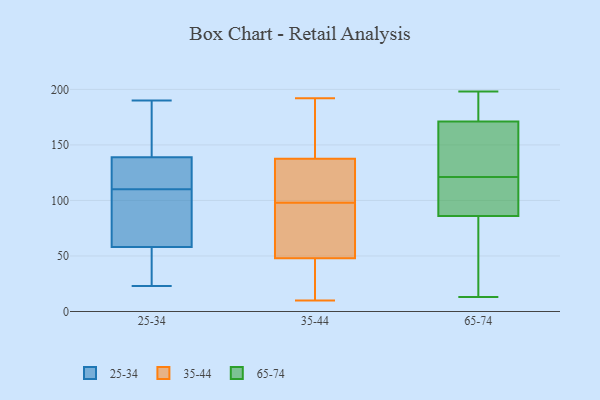
{"axis": {"x": "Population (Million)", "y": "Value"}, "legend": ["25-34", "35-44", "65-74"], "data": [{"x": "", "y": 66, "type": "25-34"}, {"x": "", "y": 133, "type": "25-34"}, {"x": "", "y": 183, "type": "25-34"}, {"x": "", "y": 96, "type": "25-34"}, {"x": "", "y": 23, "type": "25-34"}, {"x": "", "y": 181, "type": "25-34"}, {"x": "", "y": 139, "type": "25-34"}, {"x": "", "y": 190, "type": "25-34"}, {"x": "", "y": 66, "type": "25-34"}, {"x": "", "y": 27, "type": "25-34"}, {"x": "", "y": 124, "type": "25-34"}, {"x": "", "y": 58, "type": "25-34"}, {"x": "", "y": 38, "type": "25-34"}, {"x": "", "y": 136, "type": "25-34"}, {"x": "", "y": 60, "type": "35-44"}, {"x": "", "y": 143, "type": "35-44"}, {"x": "", "y": 94, "type": "35-44"}, {"x": "", "y": 68, "type": "35-44"}, {"x": "", "y": 192, "type": "35-44"}, {"x": "", "y": 121, "type": "35-44"}, {"x": "", "y": 16, "type": "35-44"}, {"x": "", "y": 115, "type": "35-44"}, {"x": "", "y": 162, "type": "35-44"}, {"x": "", "y": 44, "type": "35-44"}, {"x": "", "y": 10, "type": "35-44"}, {"x": "", "y": 15, "type": "35-44"}, {"x": "", "y": 86, "type": "35-44"}, {"x": "", "y": 155, "type": "35-44"}, {"x": "", "y": 111, "type": "35-44"}, {"x": "", "y": 98, "type": "35-44"}, {"x": "", "y": 116, "type": "35-44"}, {"x": "", "y": 37, "type": "35-44"}, {"x": "", "y": 152, "type": "35-44"}, {"x": "", "y": 171, "type": "65-74"}, {"x": "", "y": 167, "type": "65-74"}, {"x": "", "y": 196, "type": "65-74"}, {"x": "", "y": 111, "type": "65-74"}, {"x": "", "y": 109, "type": "65-74"}, {"x": "", "y": 86, "type": "65-74"}, {"x": "", "y": 131, "type": "65-74"}, {"x": "", "y": 85, "type": "65-74"}, {"x": "", "y": 13, "type": "65-74"}, {"x": "", "y": 198, "type": "65-74"}]}